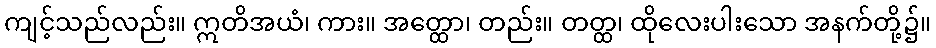
ကျင့်သည်လည်း။ ဣတိအယံ၊ ကား။ အတ္ထော၊ တည်း။ တတ္ထ၊ ထိုလေးပါးသော အနက်တို့၌။